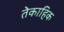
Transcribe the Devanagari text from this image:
तेकाहिक